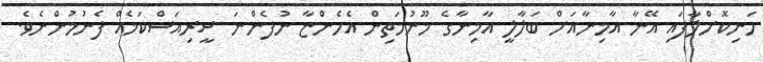
ހަނިކޮށްލާފައި އޭނާ އާމިނާއަށް ބަލާލީ އާމިނާގެ މޫނުމަތިން އެހެންޏާ ނުފެންނަ ސީރިއަސްކަމެއް ފެނުމުންނެވެ.